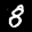
Label: 8